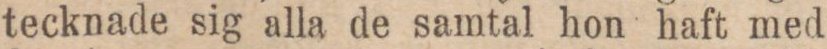
tecknade sig alla de samtal hon haft med